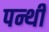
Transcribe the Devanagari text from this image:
पन्थी